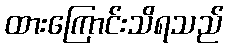
ထားကြောင်းသိရသည်